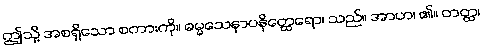
ဤသို့ အစရှိသော စကားကို။ ဓမ္မသေနာပနိတ္ထေရော၊ သည်။ အာဟ၊ ၏။ တတ္ထ၊